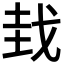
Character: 𫻮